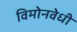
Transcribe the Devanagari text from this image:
विमोनवेधी